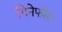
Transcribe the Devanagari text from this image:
गिनेफोरा